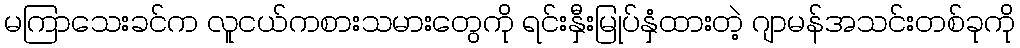
မကြာသေးခင်က လူငယ်ကစားသမားတွေကို ရင်းနှီးမြုပ်နှံထားတဲ့ ဂျာမန်အသင်းတစ်ခုကို